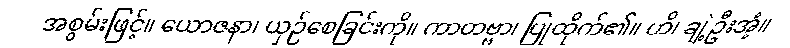
အစွမ်းဖြင့်။ ယောဇနာ၊ ယှဉ်စေခြင်းကို။ ကာတဗ္ဗာ၊ ပြုထိုက်၏။ ဟိ၊ ချဲ့ဦးအံ့။